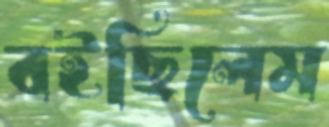
বইছিলেম